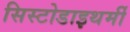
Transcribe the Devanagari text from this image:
सिस्टोडाइथर्मी